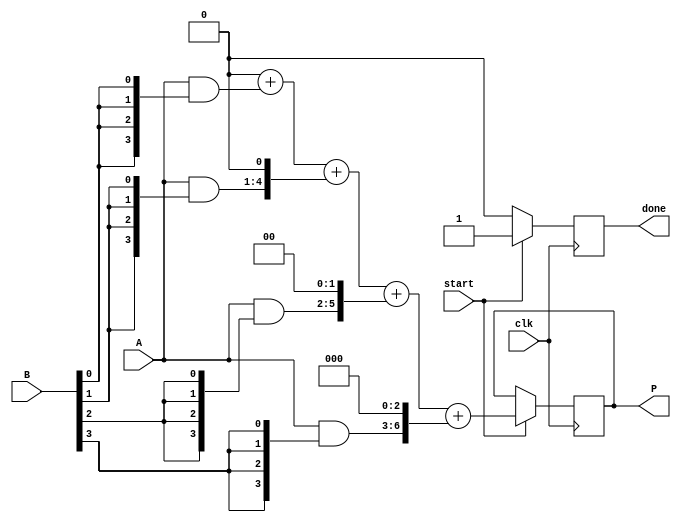
module array_multiplier #(parameter N = 4) (
    input [N-1:0] A, 
    input [N-1:0] B,
    input start,
    input clk,
    output reg [2*N-1:0] P,
    output reg done
);

// Partial Products storage
reg [N-1:0] pp [N-1:0]; // Partial products array

integer i, j;

// Initialize outputs
always @(posedge clk) begin
    if (start) begin
        // Generate partial products
        for (i = 0; i < N; i = i + 1) begin
            pp[i] = A & {N{B[i]}}; // AND each bit of A with corresponding bit of B
        end

        // Add partial products
        P = 0;
        for (i = 0; i < N; i = i + 1) begin
            P = P + (pp[i] << i); // Shift each partial product and add them
        end

        done <= 1; // Signal that multiplication is done
    end else begin
        done <= 0; // Reset done signal if not starting
    end
end

endmodule